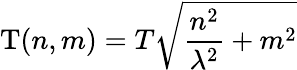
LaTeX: \mathrm{T}(n,m)=T\sqrt{\frac{n^{2}}{\lambda^{2}}+m^{2}}